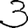
Digit: 3